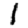
Digit: 1